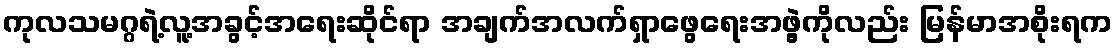
ကုလသမဂ္ဂရဲ့လူ့အခွင့်အရေးဆိုင်ရာ အချက်အလက်ရှာဖွေရေးအဖွဲ့ကိုလည်း မြန်မာအစိုးရက